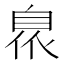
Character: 𮍙